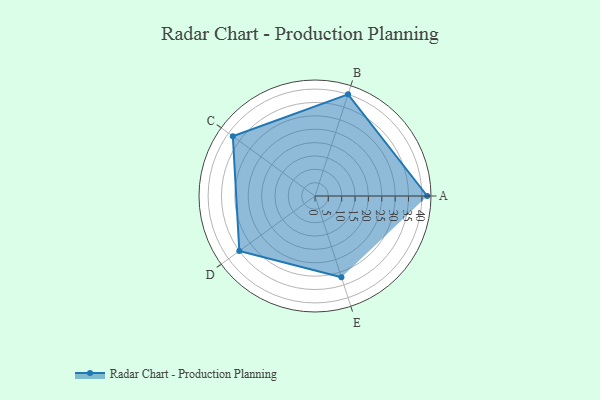
{"axis": {"x": "Skill", "y": "Score"}, "legend": ["Profile"], "data": [{"x": "A", "y": 42.0, "type": "Profile"}, {"x": "B", "y": 40.0, "type": "Profile"}, {"x": "C", "y": 38.0, "type": "Profile"}, {"x": "D", "y": 35.0, "type": "Profile"}, {"x": "E", "y": 32.0, "type": "Profile"}]}